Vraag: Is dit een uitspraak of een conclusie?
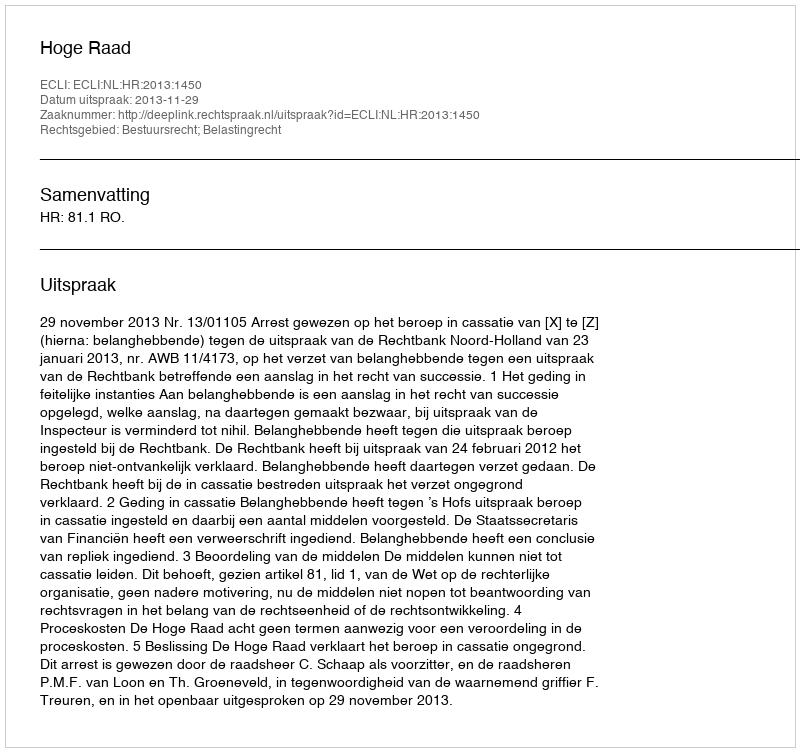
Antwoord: Uitspraak